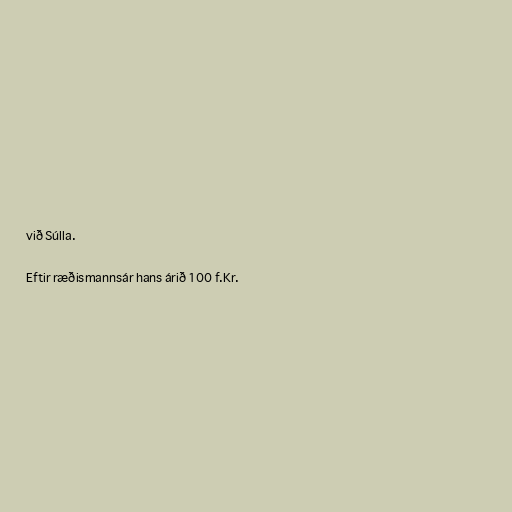
við Súlla.

Eftir ræðismannsár hans árið 100 f.Kr.